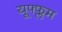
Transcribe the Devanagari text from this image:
यूफ्फ्लम